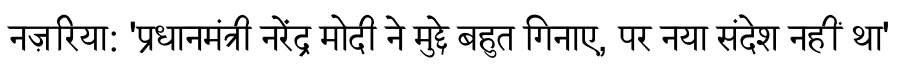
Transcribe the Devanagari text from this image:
नज़रिया: 'प्रधानमंत्री नरेंद्र मोदी ने मुद्दे बहुत गिनाए, पर नया संदेश नहीं था'